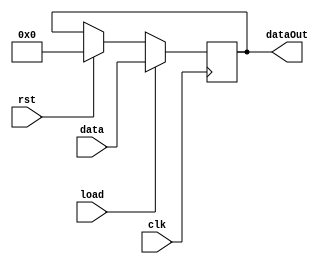
//This is an n- bit register with load, output enable, and asynchronous clear signals

module register #(parameter n = 8) (
    input clk,
    input [n-1:0] data,
    input load,
    input rst,
    output reg [n-1:0] dataOut);

always @ (posedge clk) begin
    if (rst == 1) begin
        dataOut = 0;
    end
    if (load == 1) begin
        dataOut = data;
    end
end
endmodule